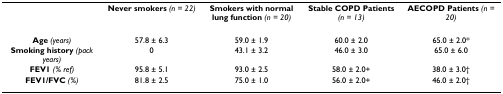
|  | Never smokers (n = 22) | Smokers with normal lung function (n = 20) | Stable COPD Patients (n = 13) | AECOPD Patients (n = 20) |
 | --- | --- | --- | --- | --- |
 | Age (years) | 57.8 ± 6.3 | 59.0 ± 1.9 | 60.0 ± 2.0 | 65.0 ± 2.0* |
 | Smoking history (pack years) | 0 | 43.1 ± 3.2 | 46.0 ± 3.0 | 65.0 ± 6.0 |
 | FEV1 (% ref) | 95.8 ± 5.1 | 93.0 ± 2.5 | 58.0 ± 2.0+ | 38.0 ± 3.0† |
 | FEV1/FVC (%) | 81.8 ± 2.5 | 75.0 ± 1.0 | 56.0 ± 2.0+ | 46.0 ± 2.0† |